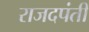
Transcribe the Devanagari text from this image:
राजदपंती